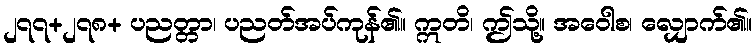
၂၇၇+၂၇၈+ ပညတ္တာ၊ ပညတ်အပ်ကုန်၏။ ဣတိ၊ ဤသို့။ အဝေါစ၊ လျှောက်၏။